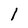
Character: I